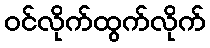
ဝင်လိုက်ထွက်လိုက်